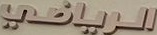
الرياضي